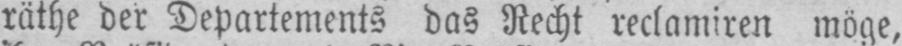
räthe der Departements das Recht reclamiren möge,